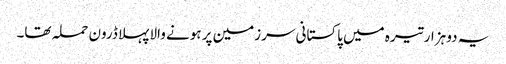
یہ دو ہزار تیرہ میں پاکستانی سرزمین پر ہونے والا پہلا ڈرون حملہ تھا۔